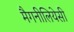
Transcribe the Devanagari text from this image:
मैगनीलियेसी